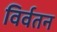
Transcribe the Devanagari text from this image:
विर्वतन